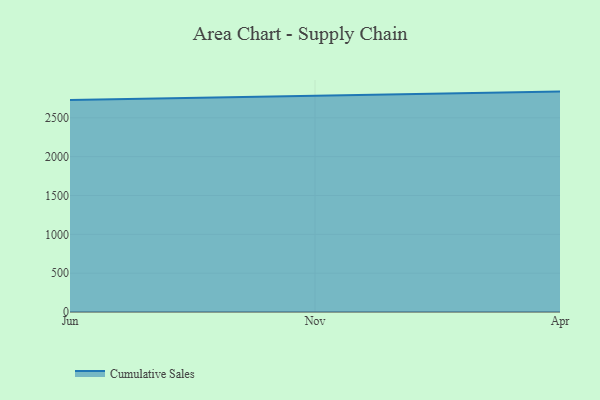
{"axis": {"x": "Month", "y": "Revenue (USD Million)"}, "legend": ["Cumulative Sales"], "data": [{"x": "Jun", "y": 2728.6, "type": "Cumulative Sales"}, {"x": "Nov", "y": 2779.8, "type": "Cumulative Sales"}, {"x": "Apr", "y": 2837.6, "type": "Cumulative Sales"}]}